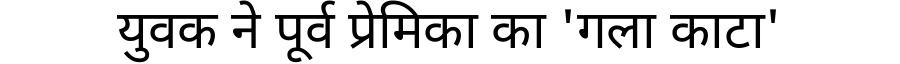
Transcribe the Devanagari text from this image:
युवक ने पूर्व प्रेमिका का 'गला काटा'